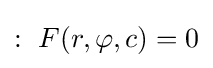
:\ F(r,\varphi ,c)=0